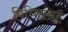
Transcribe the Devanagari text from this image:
विधिसंग्रह